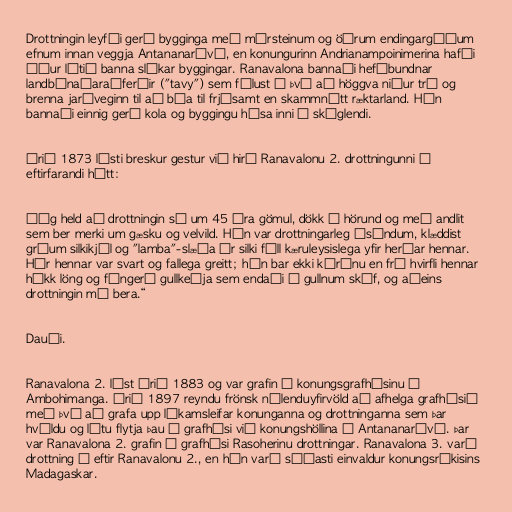
Drottningin leyfði gerð bygginga með múrsteinum og öðrum endingargóðum
efnum innan veggja Antananarívó, en konungurinn Andrianampoinimerina hafði
áður látið banna slíkar byggingar. Ranavalona bannaði hefðbundnar
landbúnaðaraðferðir ("tavy") sem fólust í því að höggva niður tré og
brenna jarðveginn til að búa til frjósamt en skammnýtt ræktarland. Hún
bannaði einnig gerð kola og byggingu húsa inni á skóglendi.

Árið 1873 lýsti breskur gestur við hirð Ranavalonu 2. drottningunni á
eftirfarandi hátt:

„Ég held að drottningin sé um 45 ára gömul, dökk á hörund og með andlit
sem ber merki um gæsku og velvild. Hún var drottningarleg ásýndum, klæddist
gráum silkikjól og "lamba"-slæða úr silki féll kæruleysislega yfir herðar hennar.
Hár hennar var svart og fallega greitt; hún bar ekki kórónu en frá hvirfli hennar
hékk löng og fíngerð gullkeðja sem endaði í gullnum skúf, og aðeins
drottningin má bera.“

Dauði.

Ranavalona 2. lést árið 1883 og var grafin í konungsgrafhýsinu í
Ambohimanga. Árið 1897 reyndu frönsk nýlenduyfirvöld að afhelga grafhýsið
með því að grafa upp líkamsleifar konunganna og drottninganna sem þar
hvíldu og létu flytja þau í grafhýsi við konungshöllina í Antananarívó. Þar
var Ranavalona 2. grafin í grafhýsi Rasoherinu drottningar. Ranavalona 3. varð
drottning á eftir Ranavalonu 2., en hún varð síðasti einvaldur konungsríkisins
Madagaskar.